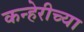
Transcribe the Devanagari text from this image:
कन्हेरीच्या